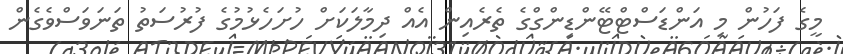
މީގެ ފަހުން މި އަންޑަސްޓްޓޭންޑިންގްގެ ތެރެއިން އެއް ދިމާލަކަށް ހުށަހެޅުމުގެ ފުރުސަތު ތަނަވަސްވެގެން